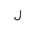
Letter: _lam